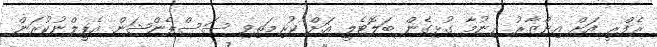
ރެފްރީ އަށް އިންޒާރު ދިނުމާ ގުޅިގެން ބަލޮޓެލީ އަށް ކުރިމަތިވި ސަސްޕެންޝަން އެޕީލްނުކުރަން